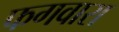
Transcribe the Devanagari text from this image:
फगवारा